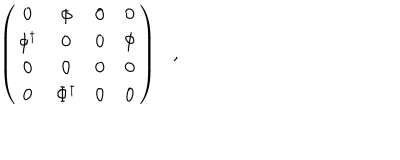
LaTeX: \left( \begin{array} { c c c c } { { 0 } } & { { \phi } } & { { 0 } } & { { 0 } } \\ { { \phi ^ { \dagger } } } & { { 0 } } & { { 0 } } & { { \Phi } } \\ { { 0 } } & { { 0 } } & { { 0 } } & { { 0 } } \\ { { 0 } } & { { \Phi ^ { \dagger } } } & { { 0 } } & { { 0 } } \\ \end{array} \right) ,